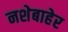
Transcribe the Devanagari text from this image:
नशेबाहेर